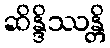
ဆိန္ဒိဿန္တိ